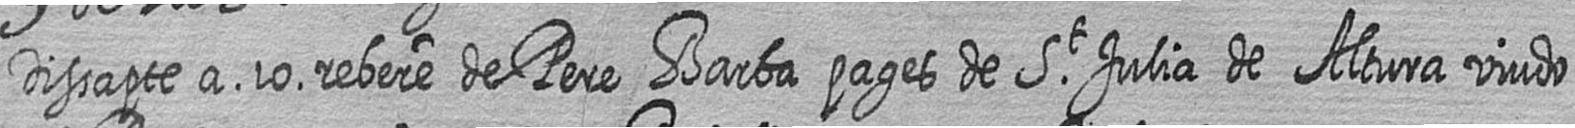
Dissapte a 10 rebere de Pere Barba pages de St Julia de Altura viudo